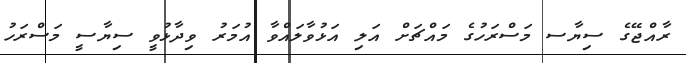
ރާއްޖޭގެ ސިޔާސ މަސްރަހުގެ މައްޗަށް އަލި އަޅުވާލައްވާ އުމަރު ވިދާޅުވީ ސިޔާސީ މަސްރަހު